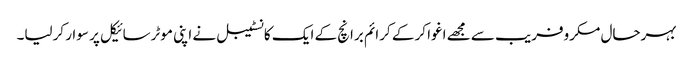
بہرحال مکروفریب سے مجھے اغوا کر کے کرائم برانچ کے ایک کانسٹیبل نے اپنی موٹرسائیکل پر سوار کرلیا۔